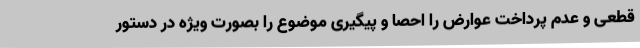
قطعی و عدم پرداخت عوارض را احصا و پیگیری موضوع را بصورت ویژه در دستور